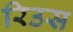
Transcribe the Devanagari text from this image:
रिउस